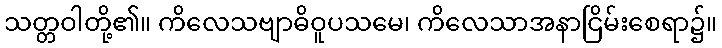
သတ္တဝါတို့၏။ ကိလေသဗျာဓိဝူပသမေ၊ ကိလေသာအနာငြိမ်းစေရာ၌။